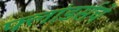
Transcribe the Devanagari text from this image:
फ्लांडर्सचे